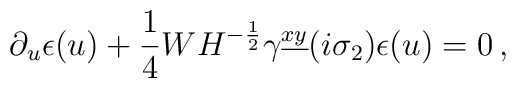
\partial_{u} \epsilon(u) + {1\over 4} W H^{-{1\over 2}} \gamma^{\underline{xy}}(i\sigma_2) \epsilon(u) = 0 \, ,